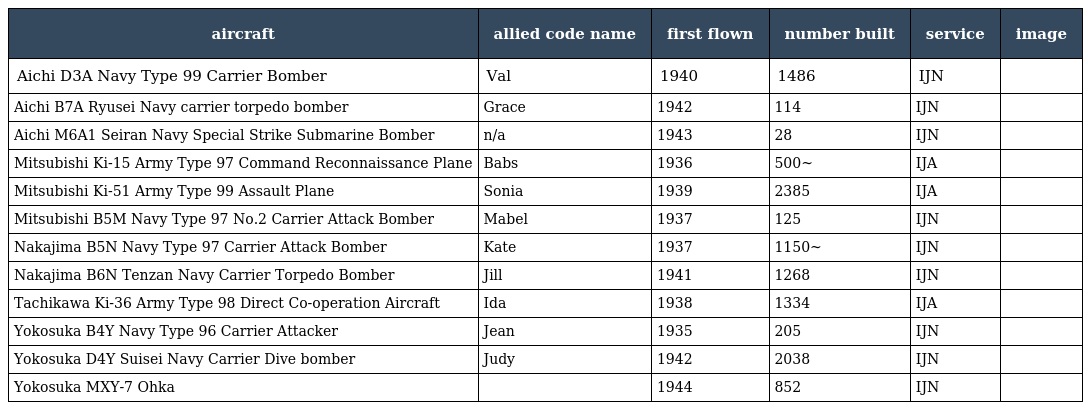
| aircraft | allied code name | first flown | number built | service | image |
 | --- | --- | --- | --- | --- | --- |
 | Aichi D3A Navy Type 99 Carrier Bomber | Val | 1940 | 1486 | IJN |  |
 | Aichi B7A Ryusei Navy carrier torpedo bomber | Grace | 1942 | 114 | IJN |  |
 | Aichi M6A1 Seiran Navy Special Strike Submarine Bomber | n/a | 1943 | 28 | IJN |  |
 | Mitsubishi Ki-15 Army Type 97 Command Reconnaissance Plane | Babs | 1936 | 500~ | IJA |  |
 | Mitsubishi Ki-51 Army Type 99 Assault Plane | Sonia | 1939 | 2385 | IJA |  |
 | Mitsubishi B5M Navy Type 97 No.2 Carrier Attack Bomber | Mabel | 1937 | 125 | IJN |  |
 | Nakajima B5N Navy Type 97 Carrier Attack Bomber | Kate | 1937 | 1150~ | IJN |  |
 | Nakajima B6N Tenzan Navy Carrier Torpedo Bomber | Jill | 1941 | 1268 | IJN |  |
 | Tachikawa Ki-36 Army Type 98 Direct Co-operation Aircraft | Ida | 1938 | 1334 | IJA |  |
 | Yokosuka B4Y Navy Type 96 Carrier Attacker | Jean | 1935 | 205 | IJN |  |
 | Yokosuka D4Y Suisei Navy Carrier Dive bomber | Judy | 1942 | 2038 | IJN |  |
 | Yokosuka MXY-7 Ohka |  | 1944 | 852 | IJN |  |